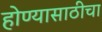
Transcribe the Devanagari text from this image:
होण्यासाठीचा